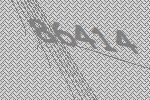
86414